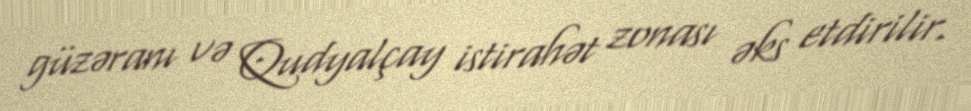
güzəranı və Qudyalçay istirahət zonası əks etdirilir.